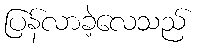
ပြန်လာခဲ့လေသည်